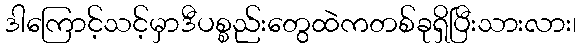
ဒါကြောင့်သင့်မှာဒီပစ္စည်းတွေထဲကတစ်ခုရှိပြီးသားလား၊